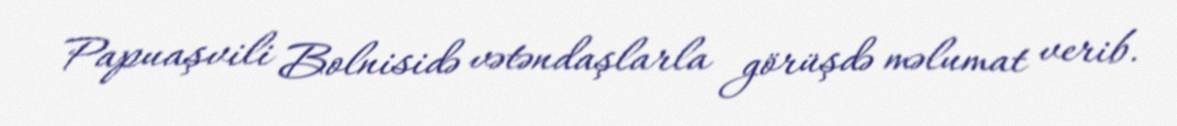
Papuaşvili Bolnisidə vətəndaşlarla görüşdə məlumat verib.